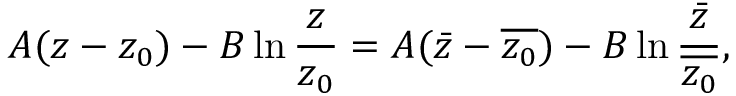
A ( z - z _ { 0 } ) - B \ln \frac { z } { z _ { 0 } } = A ( \bar { z } - \overline { { z _ { 0 } } } ) - B \ln \frac { \bar { z } } { \overline { { z _ { 0 } } } } ,